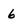
Character: 6